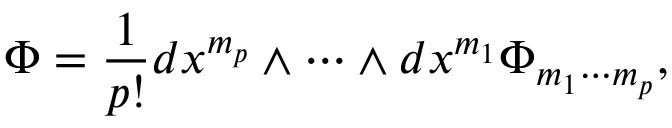
\Phi = \frac { 1 } { p ! } d x ^ { m _ { p } } \wedge \cdots \wedge d x ^ { m _ { 1 } } \Phi _ { m _ { 1 } \cdots m _ { p } } ,